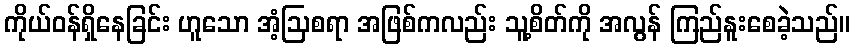
ကိုယ်ဝန်ရှိနေခြင်း ဟူသော အံ့ဩစရာ အဖြစ်ကလည်း သူ့စိတ်ကို အလွန် ကြည်နူးစေခဲ့သည်။